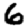
Digit: 6